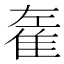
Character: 𨾭